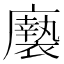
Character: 𢌀